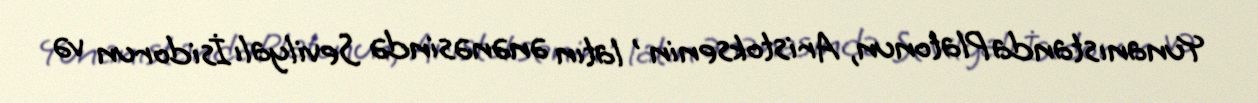
Yunanıstanda Platonun, Aristoksenin , latın ənənəsində Sevilyalı İsidorun və